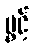
ပွင့်